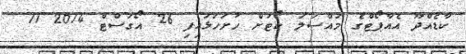
ކާޑެއްދޫ އެއާޕޯޓްގެ މައްސަލަ ކޯޓަށް ހުށަހަޅައިފި 26 އޯގަސްޓް 2014 11